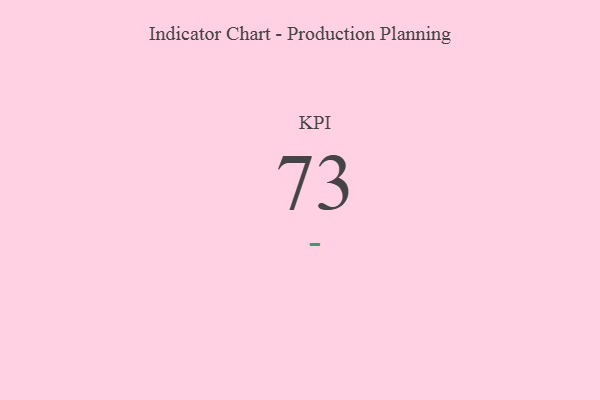
{"axis": {"x": "KPI", "y": "Value"}, "legend": [""], "data": [{"x": "KPI", "y": 73, "type": ""}]}